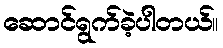
ဆောင်ရွက်ခဲ့ပါတယ်။